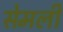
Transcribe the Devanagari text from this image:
सेमली